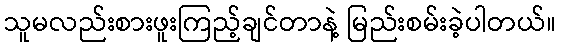
သူမလည်းစားဖူးကြည့်ချင်တာနဲ့ မြည်းစမ်းခဲ့ပါတယ်။